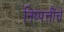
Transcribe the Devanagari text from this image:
निष्पत्तींचे